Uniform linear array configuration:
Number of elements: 48
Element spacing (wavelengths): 1
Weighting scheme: uniform
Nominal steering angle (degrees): -45
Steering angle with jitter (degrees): -44.412
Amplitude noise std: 0.05
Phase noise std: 0.05

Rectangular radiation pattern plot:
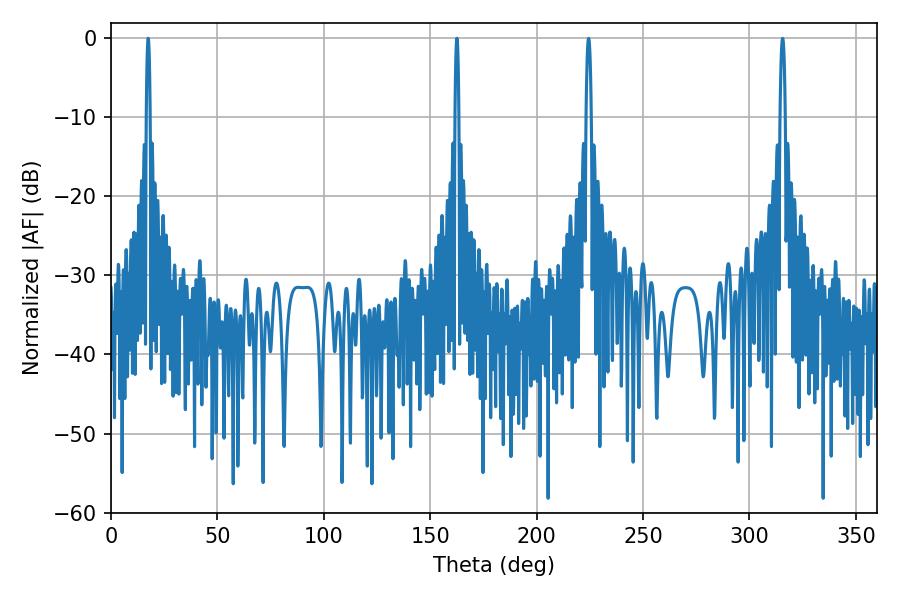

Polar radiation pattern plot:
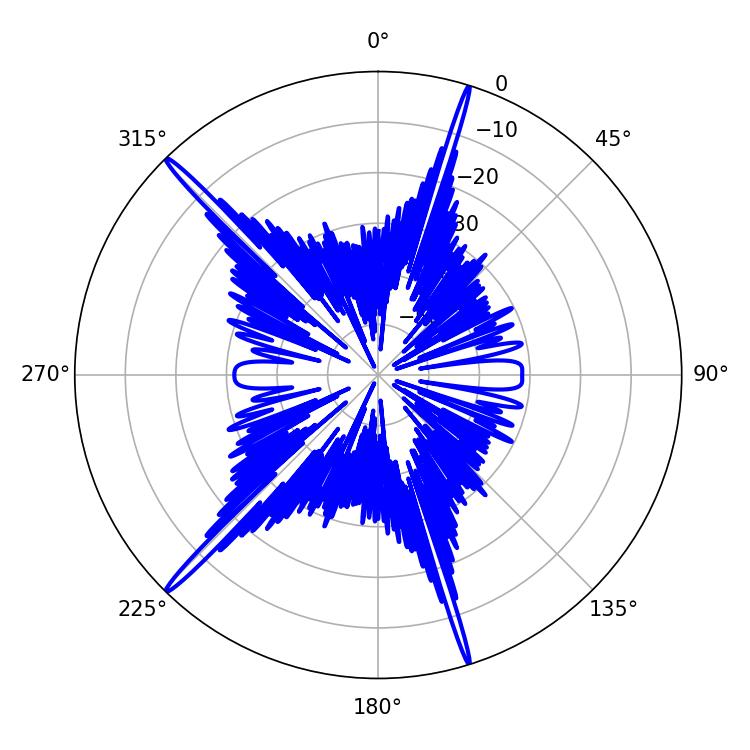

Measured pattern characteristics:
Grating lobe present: TRUE
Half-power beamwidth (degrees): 1.08
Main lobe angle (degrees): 17.46